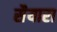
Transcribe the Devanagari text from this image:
सैयारा